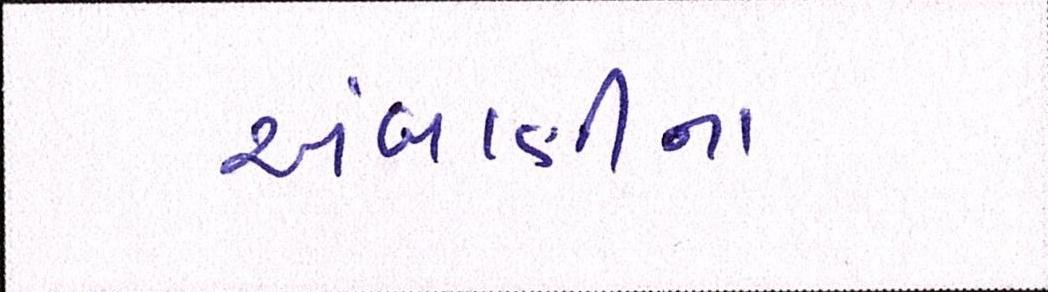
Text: અંબાણીના